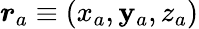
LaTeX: \boldsymbol{r}_{a}\equiv(x_{a},\mathbf{y}_{a},z_{a})